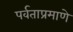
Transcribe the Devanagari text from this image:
पर्वताप्रमाणे